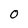
Character: 0